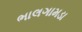
ભાલગામડા